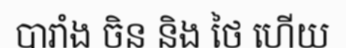
បារាំង ចិន និង ថៃ ហើយ